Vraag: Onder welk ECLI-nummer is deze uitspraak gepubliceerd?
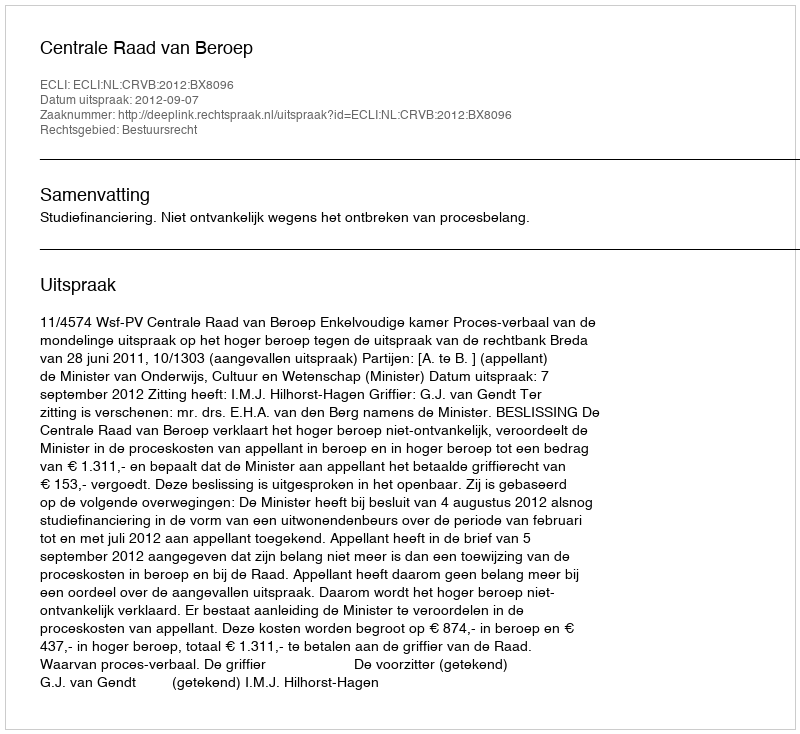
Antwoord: ECLI:NL:CRVB:2012:BX8096